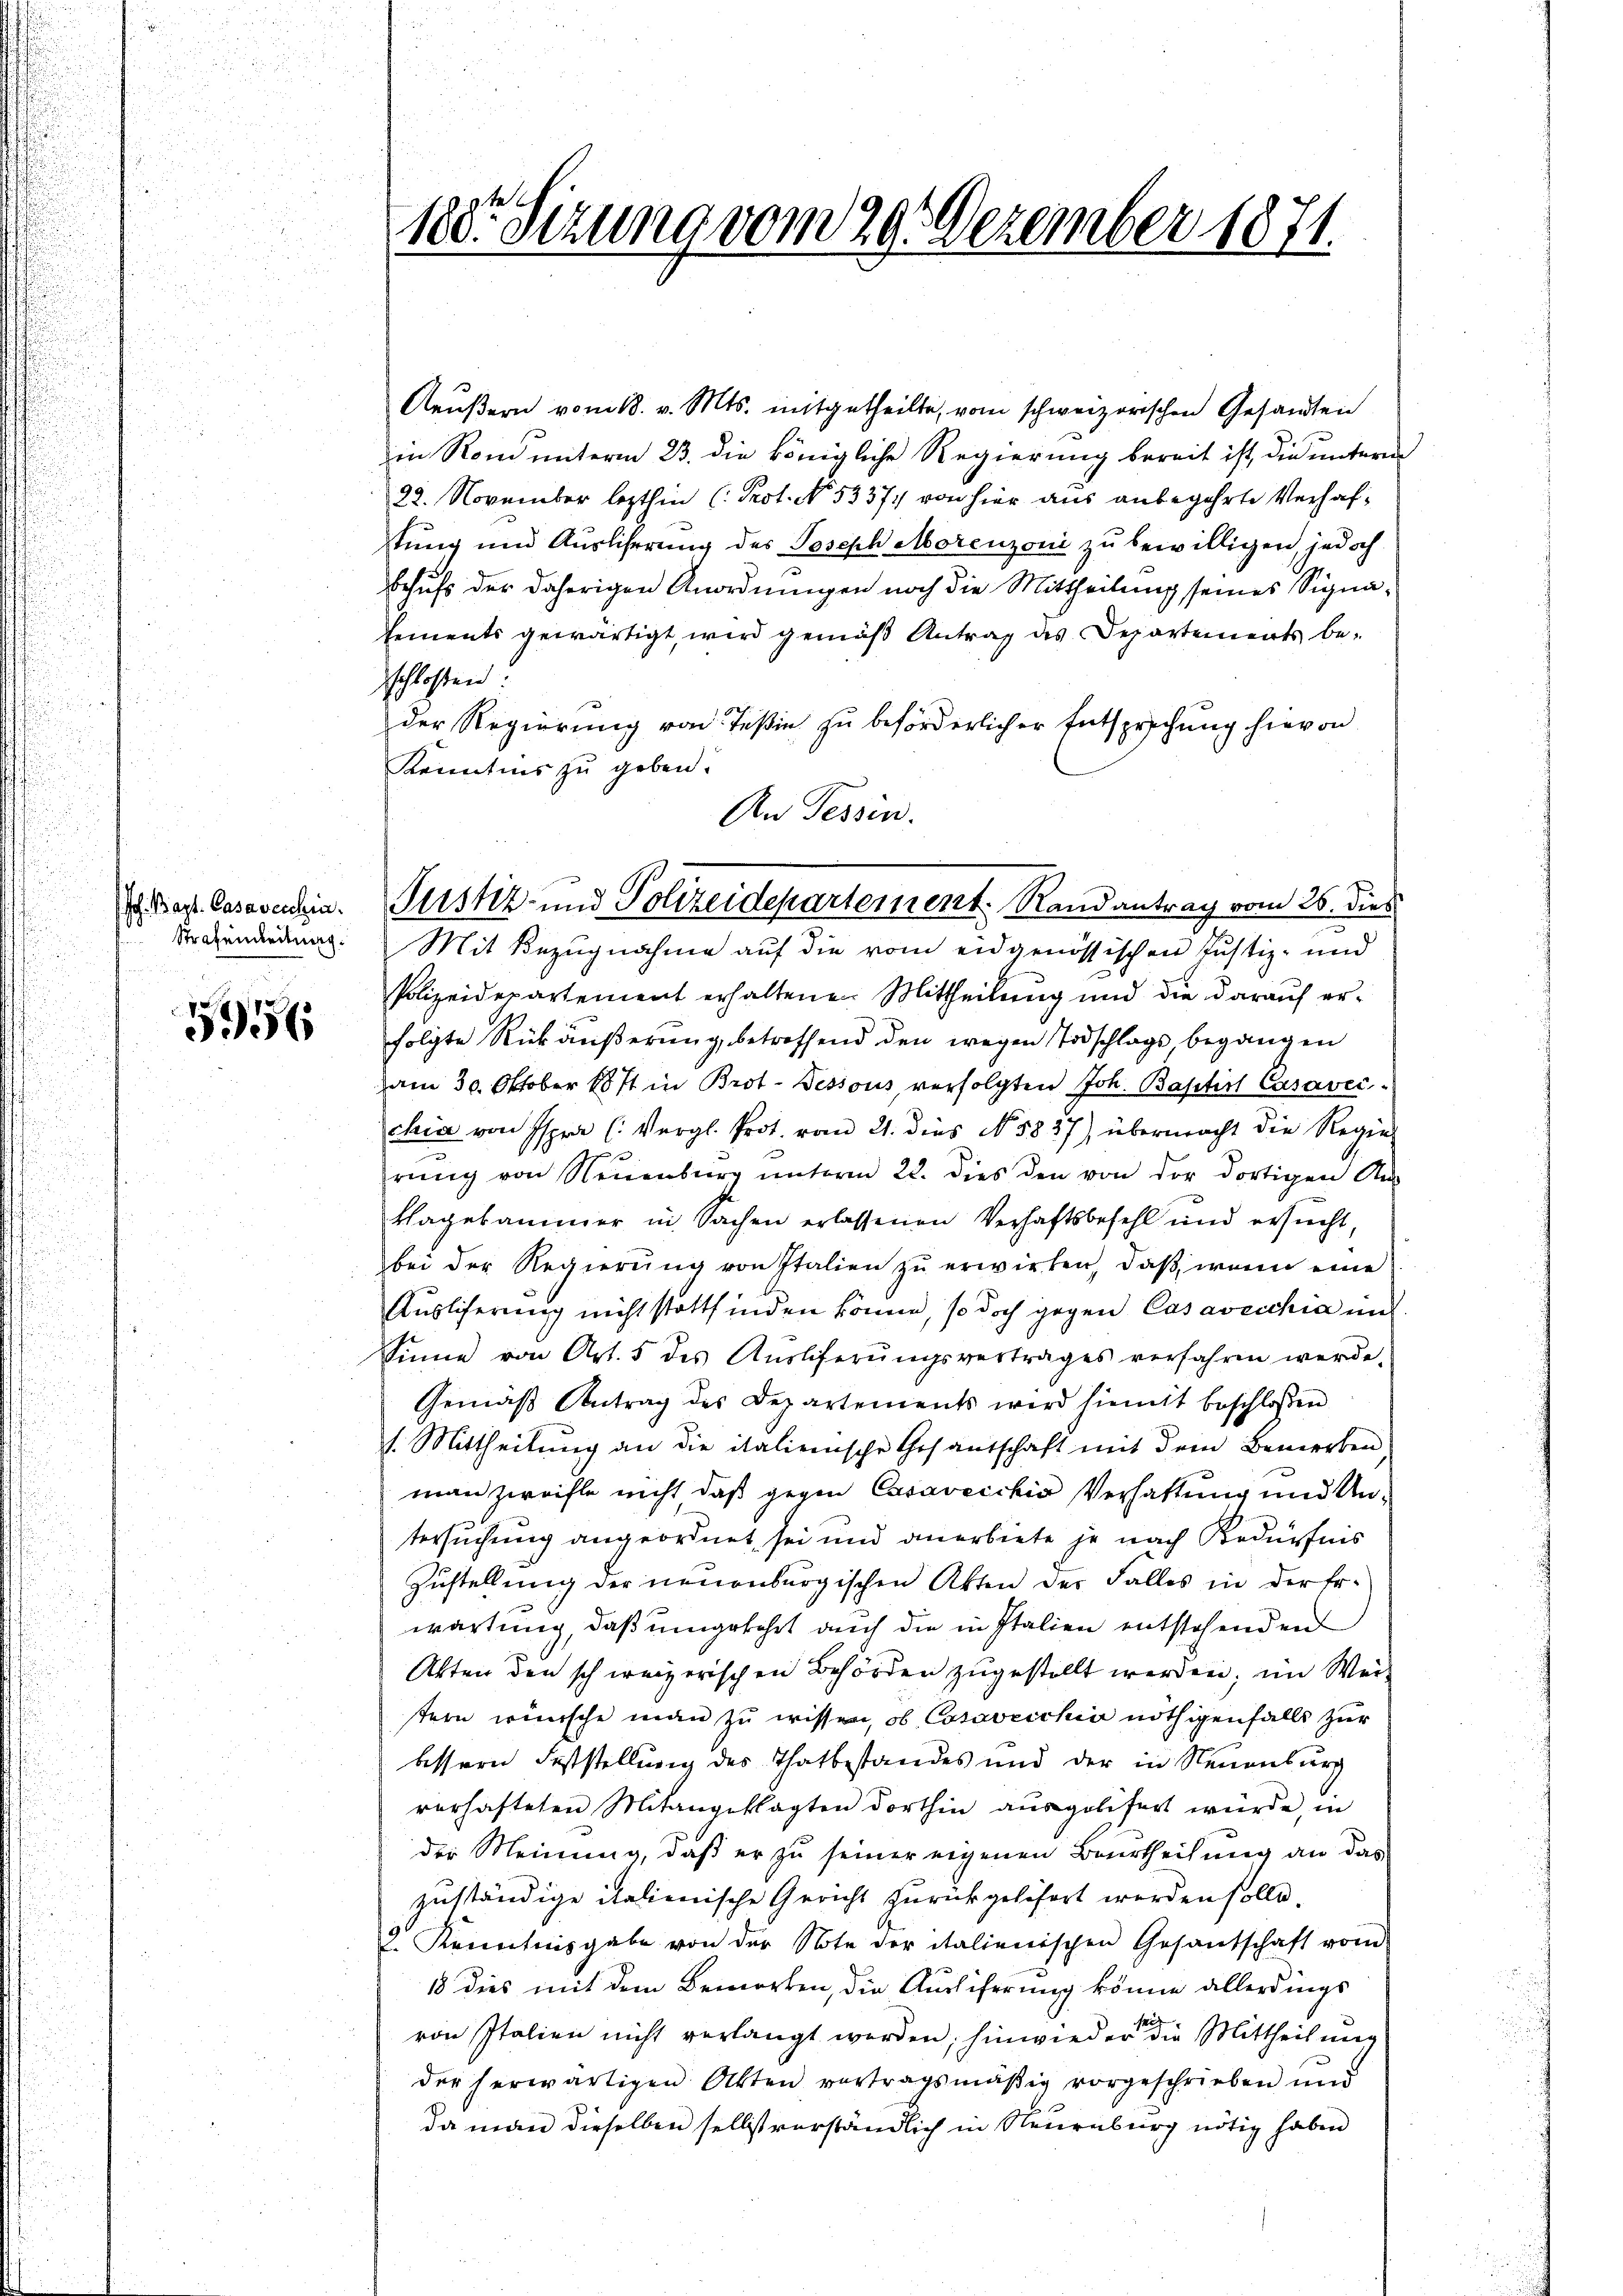
Joh. Bapt. Casavecchia
Strafenderung.

5956

100. Sezung vom 29. Dezember 1871.

Aeußern vom 18. v. Mts. mitgetheilte, vom schweizerischen Gesandten
in Rand untern 23. die königliche Regierung bereit ist die untere
22. November lezthin (Prot. No. 53371 von hier aus anbegehrte Verhaftŭng und Aŭsliserŭng des Joseph Morenzoni zŭ bewilligen, jedoch
Behufs der daherigen Anordnungen noch die Mittheilung seines Signa¬
Cements gewärtigt, wird gemäß Antrag des Departements beschlossen
der Regierung von Teßin zu beförderlicher Entsprechung hievon
Kenntnis zu geben.
An Tessin.
Polizeidepartement erhaltenen Mittheilung und die darauf erfolgte Rückäußerung, betreffend den wegen Todschlags begangen
am 30. Oktober 1871 in Brot. Dessous verfolgten Joh. Baptist Casaver
chia von Espra (: Vergl. Prot. vom 21. dies No. 5827) übermacht die Regie-
rung von Neuenburg unterm 22. dies den von der dortigen An
klagesammer in Sachen erlassenen Verhaftsbefehl und ersucht,
bei der Regierŭng von Italien zŭ erwirken, daβ wenn eine
Ausliferung nicht stattfinden könne, so doch gegen Casavecchia und
Sinne von Art. 5 des Aŭsliferŭngsvertrages verfahren werde.
Gemäβ Antrag des Departements wird hiemit beschlossen
s. Mittheilung an die italienische Gesantschaft mit dem Bemerken
man zweifle nicht daß gegen Essavecchio Verhaltung und Untersuchung angeordnet sei und anerbiete je nach Bedürfnis
Zustellung der neuenburgischen Akten der Falles in der Erwartung, daß umgekehrt auch die in Italien entstehenden
Akten den schweizerischen Behörden zugestellt werden; im Weistein wünsche man zu wissen, ob Cosaweichia nöthigenfalls zur
bessern Feststellung des Thatbestandes und der in Neuenburg
verhafteten Mitangeklagten dorthin ausgelifert würde, in
der Meinung, daß er zu seiner eigenen Beurtheilung an das
zuständige italienische Gericht zurückgelifert werden solle
2 Kenntnisgabe von der Note der italienischen Gesantschaft vom
18 dies mit dem Bemerken, die Ausliferung könne allerdings
t
von Italien nicht verlangt werden, hinwieder die Mittheilung
der herwärtigen Akten vertragsmäßig vorgeschrieben und
da man dieselben selbst verständlich in Neuenburg nötig haben

Pustiz- und Polizeidepartement. Randantrag vom 26. dies
Mit Bezugnahme auf die vom eidgenössischen Justiz- und